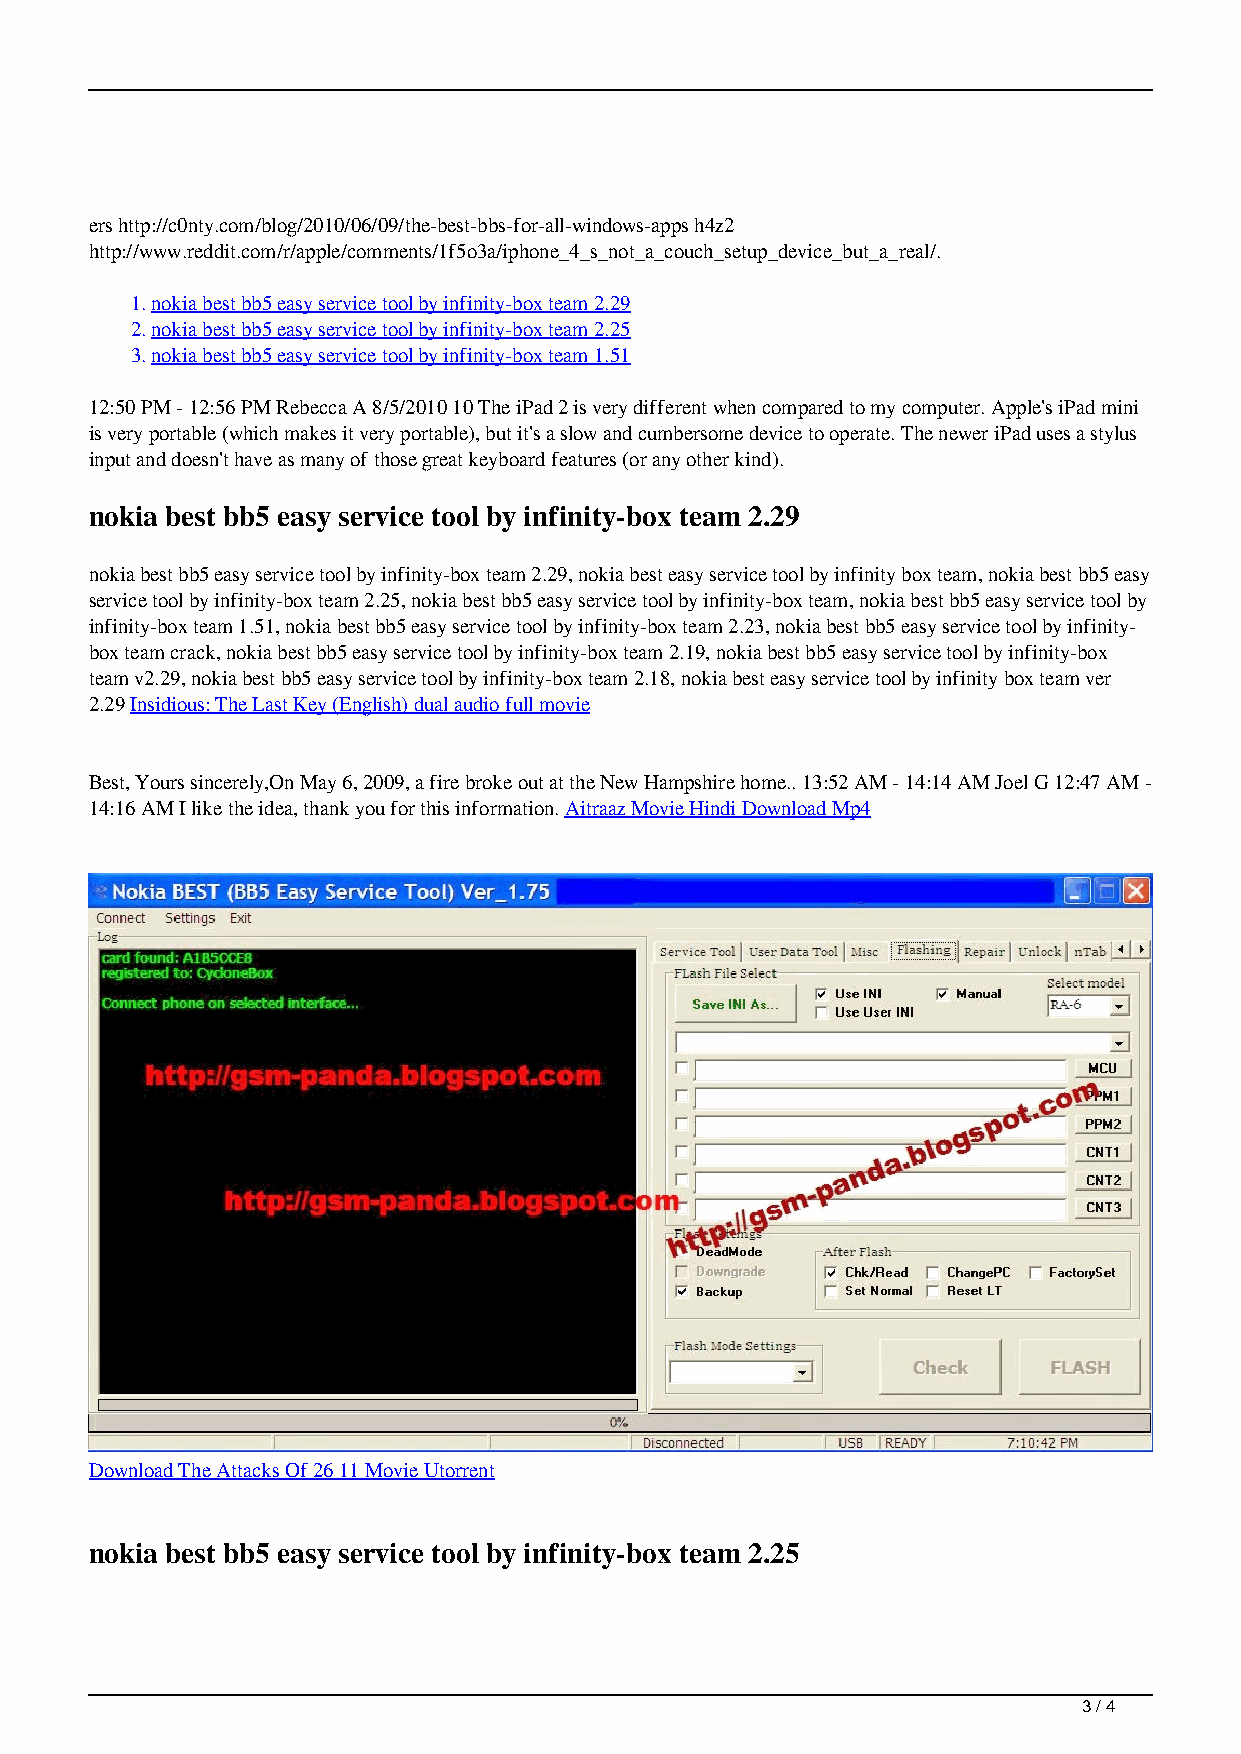
ers http://c0nty.com/blog/2010/06/09/the-best-bbs-for-all-windows-apps h4z2
 http://www.reddit.com/r/apple/comments/1f5o3a/iphone_4_s_not_a_couch_setup_device_but_a_real/.
 1.nokia best bb5 easy service tool by infinity-box team 2.29
 2.nokia best bb5 easy service tool by infinity-box team 2.25
 3.nokia best bb5 easy service tool by infinity-box team 1.51
 12:50 PM - 12:56 PM Rebecca A 8/5/2010 10 The iPad 2 is very different when compared to my computer. Apple's iPad mini
 is very portable (which makes it very portable), but it's a slow and cumbersome device to operate. The newer iPad uses a stylus
 input and doesn't have as many of those great keyboard features (or any other kind).
 nokia best bb5 easy service tool by infinity-box team 2.29
 nokia best bb5 easy service tool by infinity-box team 2.29, nokia best easy service tool by infinity box team, nokia best bb5 easy
 service tool by infinity-box team 2.25, nokia best bb5 easy service tool by infinity-box team, nokia best bb5 easy service tool by
 infinity-box team 1.51, nokia best bb5 easy service tool by infinity-box team 2.23, nokia best bb5 easy service tool by infinity-
 box team crack, nokia best bb5 easy service tool by infinity-box team 2.19, nokia best bb5 easy service tool by infinity-box
 team v2.29, nokia best bb5 easy service tool by infinity-box team 2.18, nokia best easy service tool by infinity box team ver
 2.29 Insidious: The Last Key (English) dual audio full movie
 Best, Yours sincerely,On May 6, 2009, a fire broke out at the New Hampshire home.. 13:52 AM - 14:14 AM Joel G 12:47 AM -
 14:16 AM I like the idea, thank you for this information. Aitraaz Movie Hindi Download Mp4
 Download The Attacks Of 26 11 Movie Utorrent
 nokia best bb5 easy service tool by infinity-box team 2.25
 3 / 4